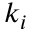
k _ { i }